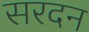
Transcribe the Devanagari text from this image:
सरदन